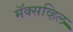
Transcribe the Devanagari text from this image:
मॅक्सव्हिल